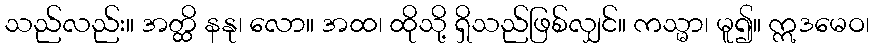
သည်လည်း။ အတ္ထိ နနု၊ လော။ အထ၊ ထိုသို့ ရှိသည်ဖြစ်လျှင်။ ကသ္မာ၊ မူ၍။ ဣဒမေဝ၊